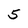
Character: 5